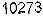
10273